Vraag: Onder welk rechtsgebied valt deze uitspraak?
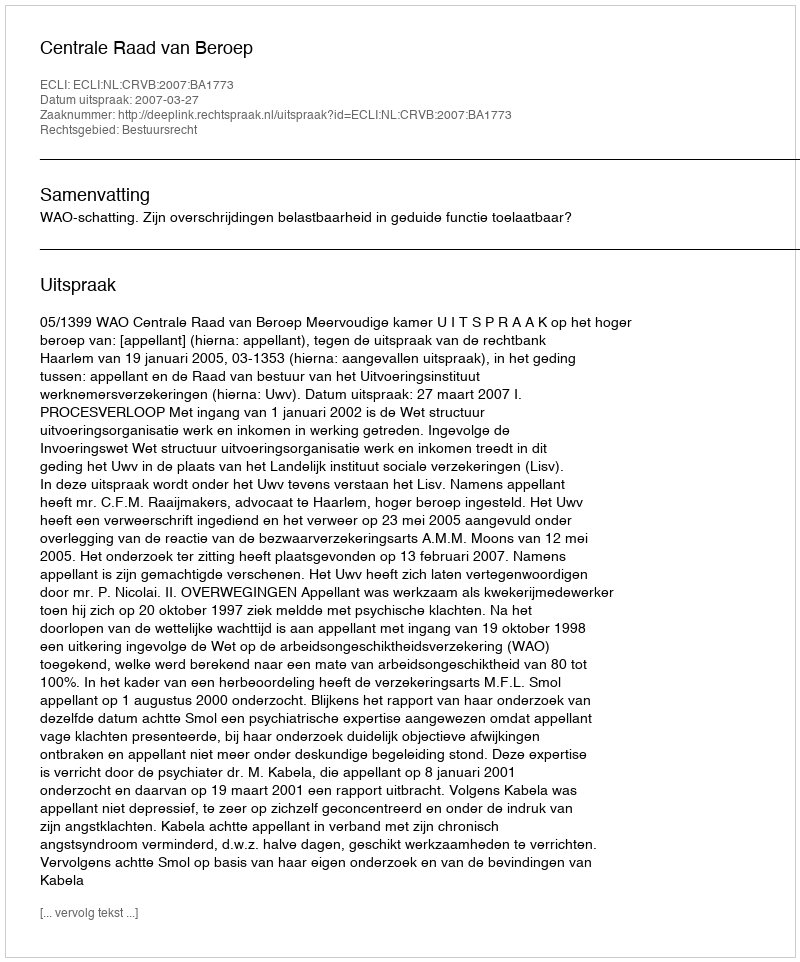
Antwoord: Bestuursrecht